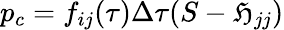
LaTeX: p_{c}=f_{ij}(\tau)\Delta\tau(S-\mathfrak{H}_{jj})